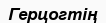
Герцогтің